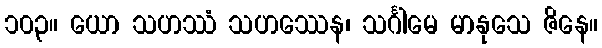
၁၀၃။ ယော သဟဿံ သဟဿေန၊ သင်္ဂါမေ မာနုသေ ဇိနေ။